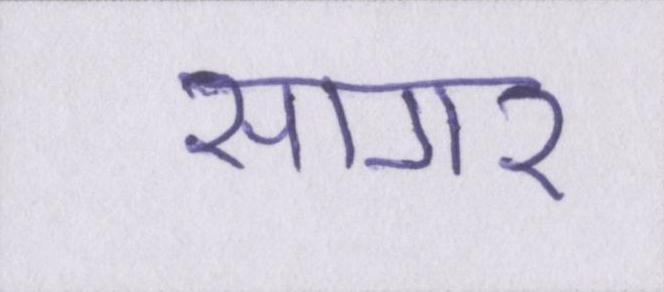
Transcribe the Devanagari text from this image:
सागर